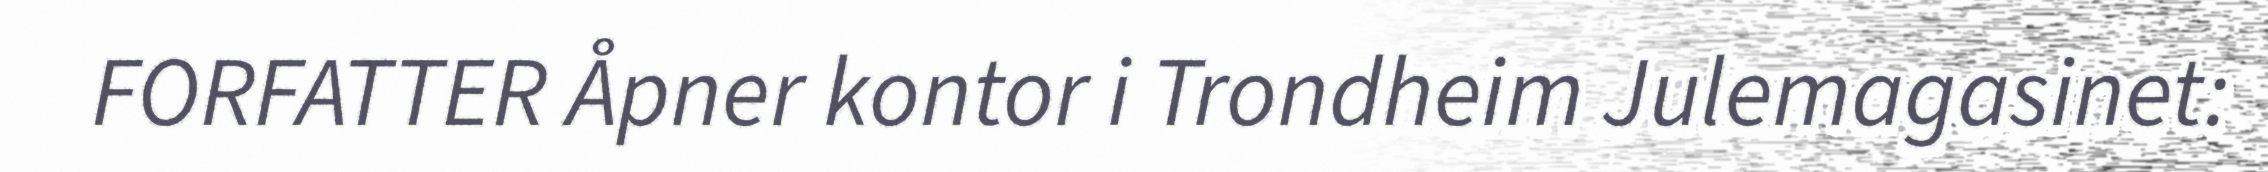
FORFATTER Åpner kontor i Trondheim Julemagasinet: